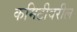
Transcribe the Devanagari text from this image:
कमिटीवरील